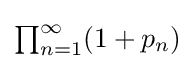
{\textstyle \prod _{n=1}^{\infty }(1+p_{n})}